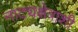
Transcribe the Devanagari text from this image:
नाट्यक्षेत्राशी